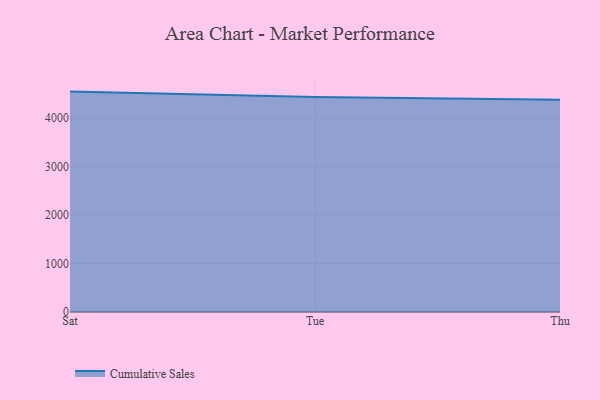
{"axis": {"x": "Day", "y": "Latency (ms)"}, "legend": ["Cumulative Sales"], "data": [{"x": "Sat", "y": 4543.2, "type": "Cumulative Sales"}, {"x": "Tue", "y": 4434.0, "type": "Cumulative Sales"}, {"x": "Thu", "y": 4373.6, "type": "Cumulative Sales"}]}